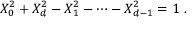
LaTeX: X _ { 0 } ^ { 2 } + X _ { d } ^ { 2 } - X _ { 1 } ^ { 2 } - \cdots - X _ { d - 1 } ^ { 2 } = 1 \ .